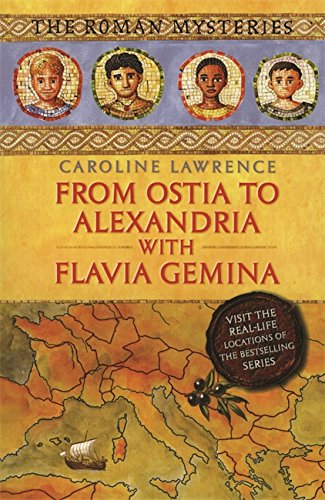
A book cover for From Ostia to Alexandria with Flavia Gemina (The Roman Mysteries); Caroline Lawrence; Teen & Young Adult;